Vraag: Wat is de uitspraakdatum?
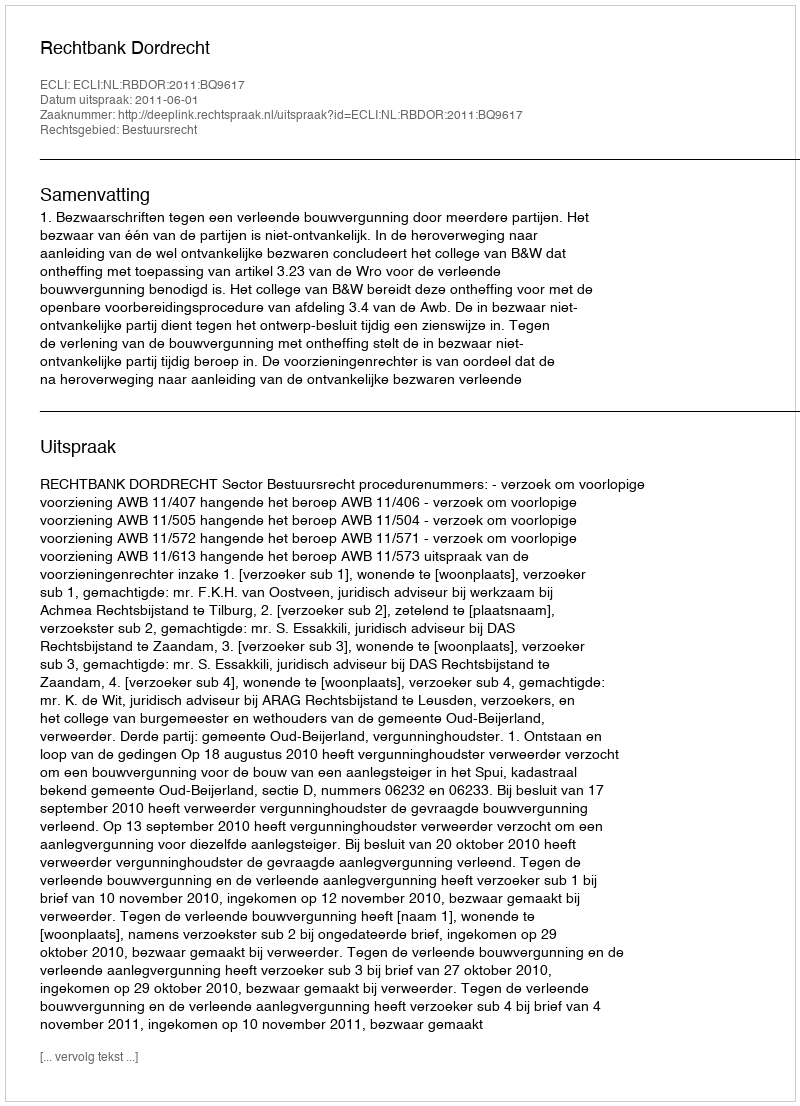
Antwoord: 2011-06-01